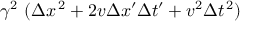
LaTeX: \gamma ^ { 2 } \ ( \Delta x ^ { \, 2 } + 2 v \Delta x ^ { \prime } \Delta t ^ { \prime } + v ^ { 2 } \Delta t ^ { \, 2 } )